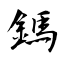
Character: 鎷